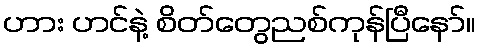
ဟား ဟင်နဲ့ စိတ်တွေညစ်ကုန်ပြီနော်။